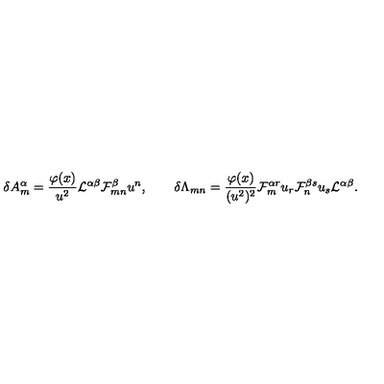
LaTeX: \delta A _ { m } ^ { \alpha } = { \frac { \varphi ( x ) } { u ^ { 2 } } } { \cal L } ^ { \alpha \beta } { \cal F } _ { m n } ^ { \beta } u ^ { n } , \qquad \delta \Lambda _ { m n } = { \frac { \varphi ( x ) } { ( u ^ { 2 } ) ^ { 2 } } } { \cal F } _ { m } ^ { \alpha r } u _ { r } { \cal F } _ { n } ^ { \beta s } u _ { s } { \cal L } ^ { \alpha \beta } .